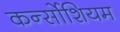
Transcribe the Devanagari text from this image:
कर्न्सोशियम